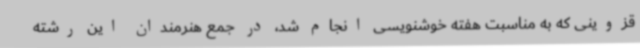
قزوینی که به مناسبت هفته خوشنویسی انجام شد، در جمع هنرمندان این رشته